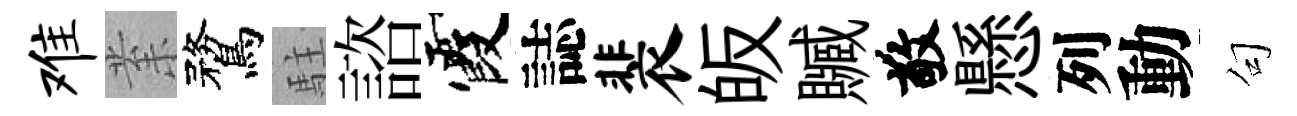
难𭪙鶩駐諮霞誌裴皈贓敬懸列動句